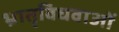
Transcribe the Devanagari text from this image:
भ्रातृविधवाओं